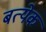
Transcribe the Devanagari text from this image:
बत्येक